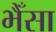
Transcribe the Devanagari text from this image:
भैँसा